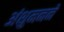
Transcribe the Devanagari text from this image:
अंशुमनने